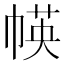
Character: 㡕